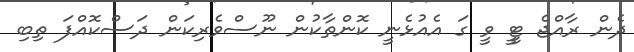
ދެން ރާއްޖެ ޓީީ ވީ ގަ އެއުޅެނީ ކޮންތާކުން ނޫސްވެރިކަން ދަސްކޮއްފަ ތިބި